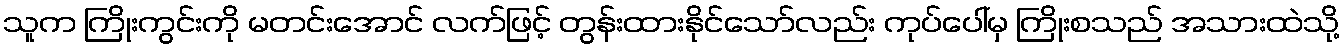
သူက ကြိုးကွင်းကို မတင်းအောင် လက်ဖြင့် တွန်းထားနိုင်သော်လည်း ကုပ်ပေါ်မှ ကြိုးစသည် အသားထဲသို့